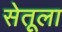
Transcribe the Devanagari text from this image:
सेतूला